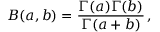
B ( a , b ) = { \frac { \Gamma ( a ) \Gamma ( b ) } { \Gamma ( a + b ) } } \, ,